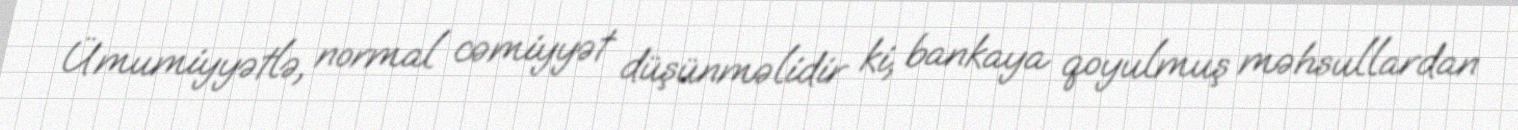
Ümumiyyətlə, normal cəmiyyət düşünməlidir ki, bankaya qoyulmuş məhsullardan